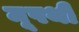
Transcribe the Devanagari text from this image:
मूपथी